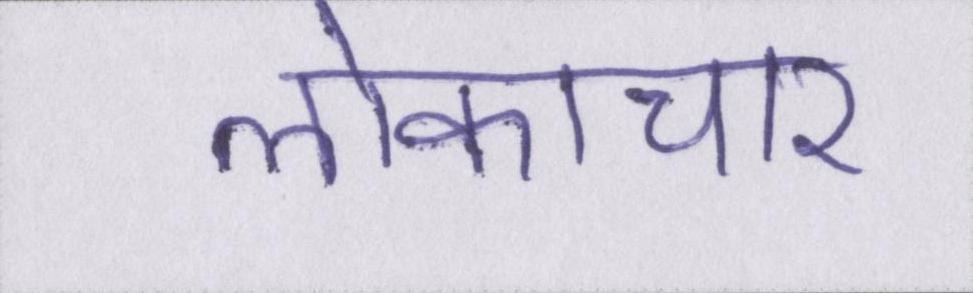
लोकाचार